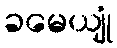
ခမေယျုံ